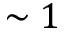
\sim 1